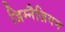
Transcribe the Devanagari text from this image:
जिम्नैज़ियम